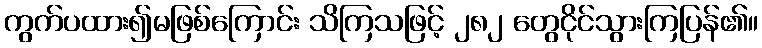
ကွက်ပထား၍မဖြစ်ကြောင်း သိကြသဖြင့် ၂၈၂ တွေငိုင်သွားကြပြန်၏။